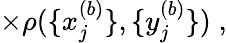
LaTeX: \times\rho(\{ x_{j}^{(b)}\} ,\{ y_{j}^{(b)}\} )\; ,